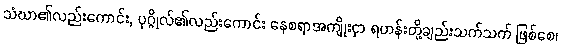
သံဃာ၏လည်းကောင်း, ပုဂ္ဂိုလ်၏လည်းကောင်း နေစရာအကျိုးငှာ ရဟန်းတို့ချည်းသက်သက် ဖြစ်စေ၊